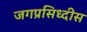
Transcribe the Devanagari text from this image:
जगप्रसिध्दीस